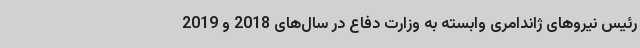
رئیس نیروهای ژاندامری وابسته به وزارت دفاع در سال‌های 2018 و 2019